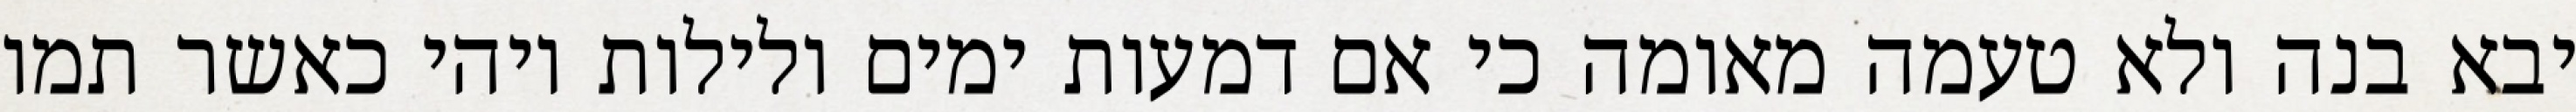
יבא בנה ולא טעמה מאומה כי אם דמעות ימים ולילות ויהי כאשר תמו